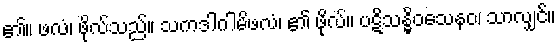
၏။ ဖလံ၊ ဖိုလ်သည်။ သကဒါဂါမိဖလံ၊ ၏ ဖိုလ်။ ပဋိသန္ဓိဝသေနဝ၊ သာလျှင်။